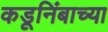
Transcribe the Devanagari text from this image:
कडूनिंबाच्या